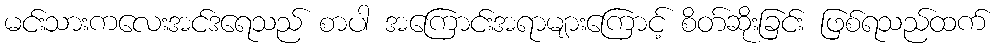
မင်းသားကလေးအင်ဒရေသည် စာပါ အကြောင်းအရာများကြောင့် စိတ်ဆိုးခြင်း ဖြစ်ရသည်ထက်